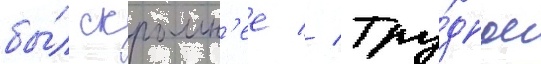
бы́л скромн'ее // Тру́дное